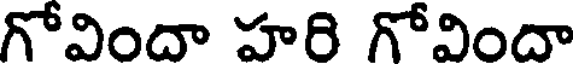
గోవిందా హరి గోవిందా